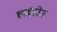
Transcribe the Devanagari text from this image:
हाईस्टेट